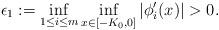
LaTeX: \begin{align*}\epsilon_1:=\inf_{1\leq i\leq m}\inf_{x\in [-K_0,0]}{|\phi_i'(x)|}>0.\end{align*}